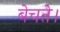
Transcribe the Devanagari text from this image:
बेचते।